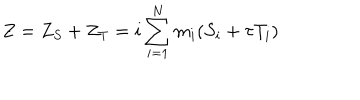
Z = Z _ { S } + Z _ { T } = i \sum _ { i = 1 } ^ { N } m _ { i } ( S _ { i } + \tau T _ { i } )